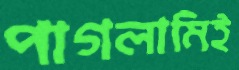
পাগলামিই